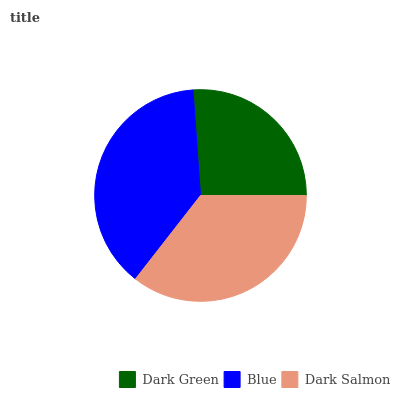
| Dark Green | Blue | Dark Salmon |
 | --- | --- | --- |
 | 26.1% | 38.4% | 35.5% |